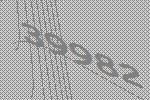
39982